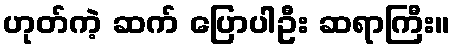
ဟုတ်ကဲ့ ဆက် ပြောပါဦး ဆရာကြီး။